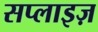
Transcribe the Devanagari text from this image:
सप्लाइज़